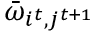
\bar { \omega } _ { i ^ { t } , j ^ { t + 1 } }